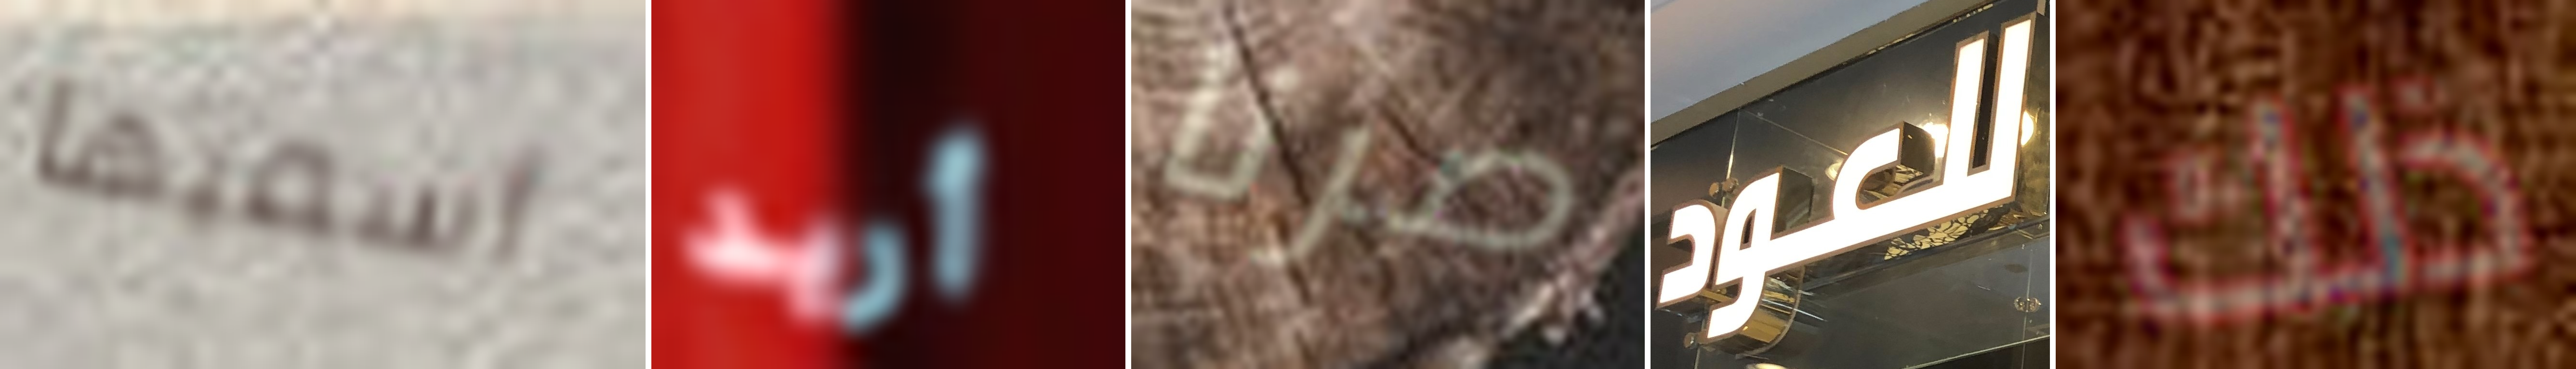
أسميها أريد صرنا للعود ذلك